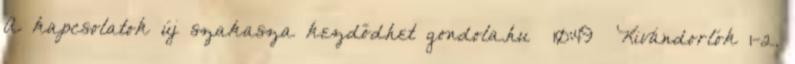
A kapcsolatok új szakasza kezdődhet gondola.hu 10:49 Kivándorlók 1-2.